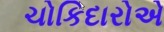
ચોકિદારોએ